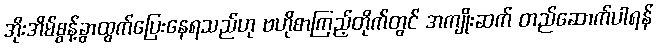
အိုးအိမ်စွန့်ခွာထွက်ပြေးနေရသည်ဟု ဗဟိုစာကြည့်တိုက်တွင် အကျိုးဆက် တည်ဆောက်ပါရန်